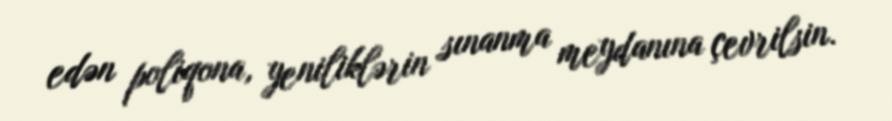
edən poliqona, yeniliklərin sınanma meydanına çevrilsin.